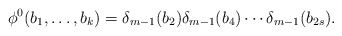
\begin{align*}\phi^{0}(b_1,\ldots,b_k) &= \delta_{m-1}(b_2)\delta_{m-1}(b_4)\cdots\delta_{m-1}(b_{2s}).\end{align*}